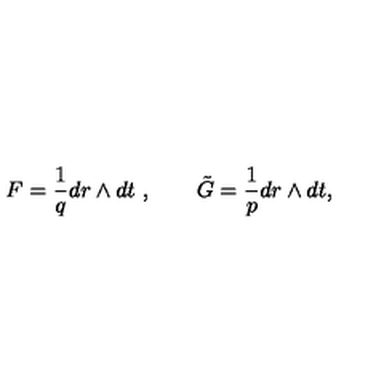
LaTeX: F = \frac { 1 } { q } d r \wedge d t \ , \qquad \tilde { G } = \frac { 1 } { p } d r \wedge d t ,